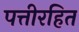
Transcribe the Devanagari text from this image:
पत्तीरहित